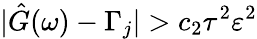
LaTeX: |\hat{G}(\omega)-\Gamma_{j}|>c_{2}\tau^{2}\varepsilon^{2}